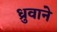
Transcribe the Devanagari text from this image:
ध्रुवाने